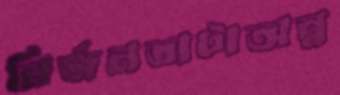
নির্জনতাটাঅন্ন